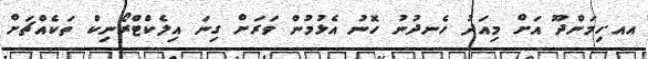
އއ.ހިމަންދޫ އަށް މިއަދު ހެނދުނު ހޮނު އެޅުމުން ވަރަށް ގިނަ އިލެކްޓްރޯނިކް ތަކެއްޗަށް